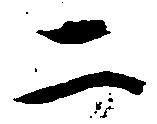
二